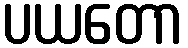
ပယတော